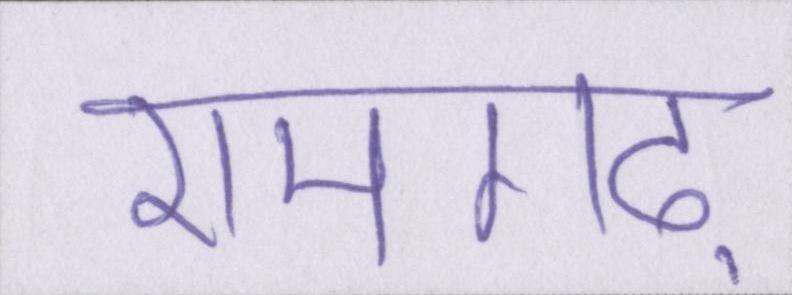
रामगढ़